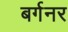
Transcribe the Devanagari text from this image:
बर्गनर